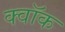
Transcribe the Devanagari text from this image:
क्वॉक